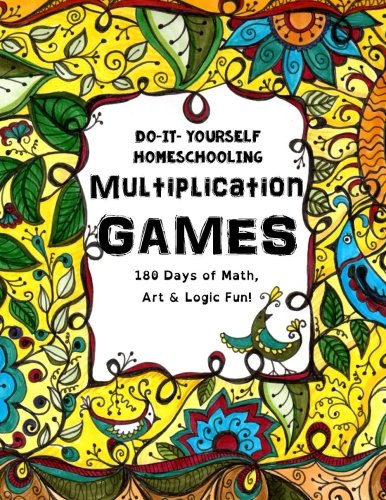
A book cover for Multiplication Games - 180 Days of Math, Art & Logic Fun: Do It Yourself Homeschooling; Sarah Janisse Brown; Science & Math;